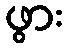
ဖွား